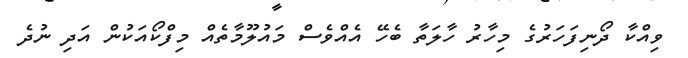
ވިއްކާ ދޯނިފަހަރުގެ މިހާރު ހާލަތާ ބެހޭ އެއްވެސް މައުލޫމާތެއް މިފްކޯއަކުން އަދި ނުދެ